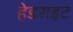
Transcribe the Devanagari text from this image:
हेडराइट